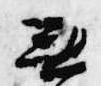
無